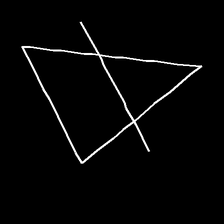
Glyph: empower